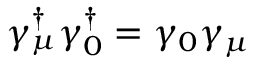
\gamma _ { \mu } ^ { \dagger } \gamma _ { 0 } ^ { \dagger } = \gamma _ { 0 } \gamma _ { \mu }